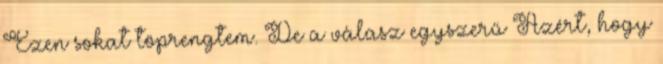
Ezen sokat töprengtem. De a válasz egyszerű Azért, hogy